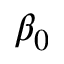
\beta _ { 0 }